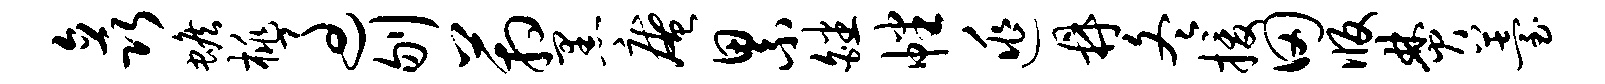
矗蟾桃过刎箱黑庵累皤幡逃鼎冬援田版焚薹